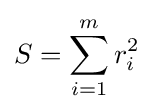
S=\sum _{i=1}^{m}r_{i}^{2}